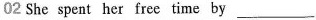
02 She spent her free time by___